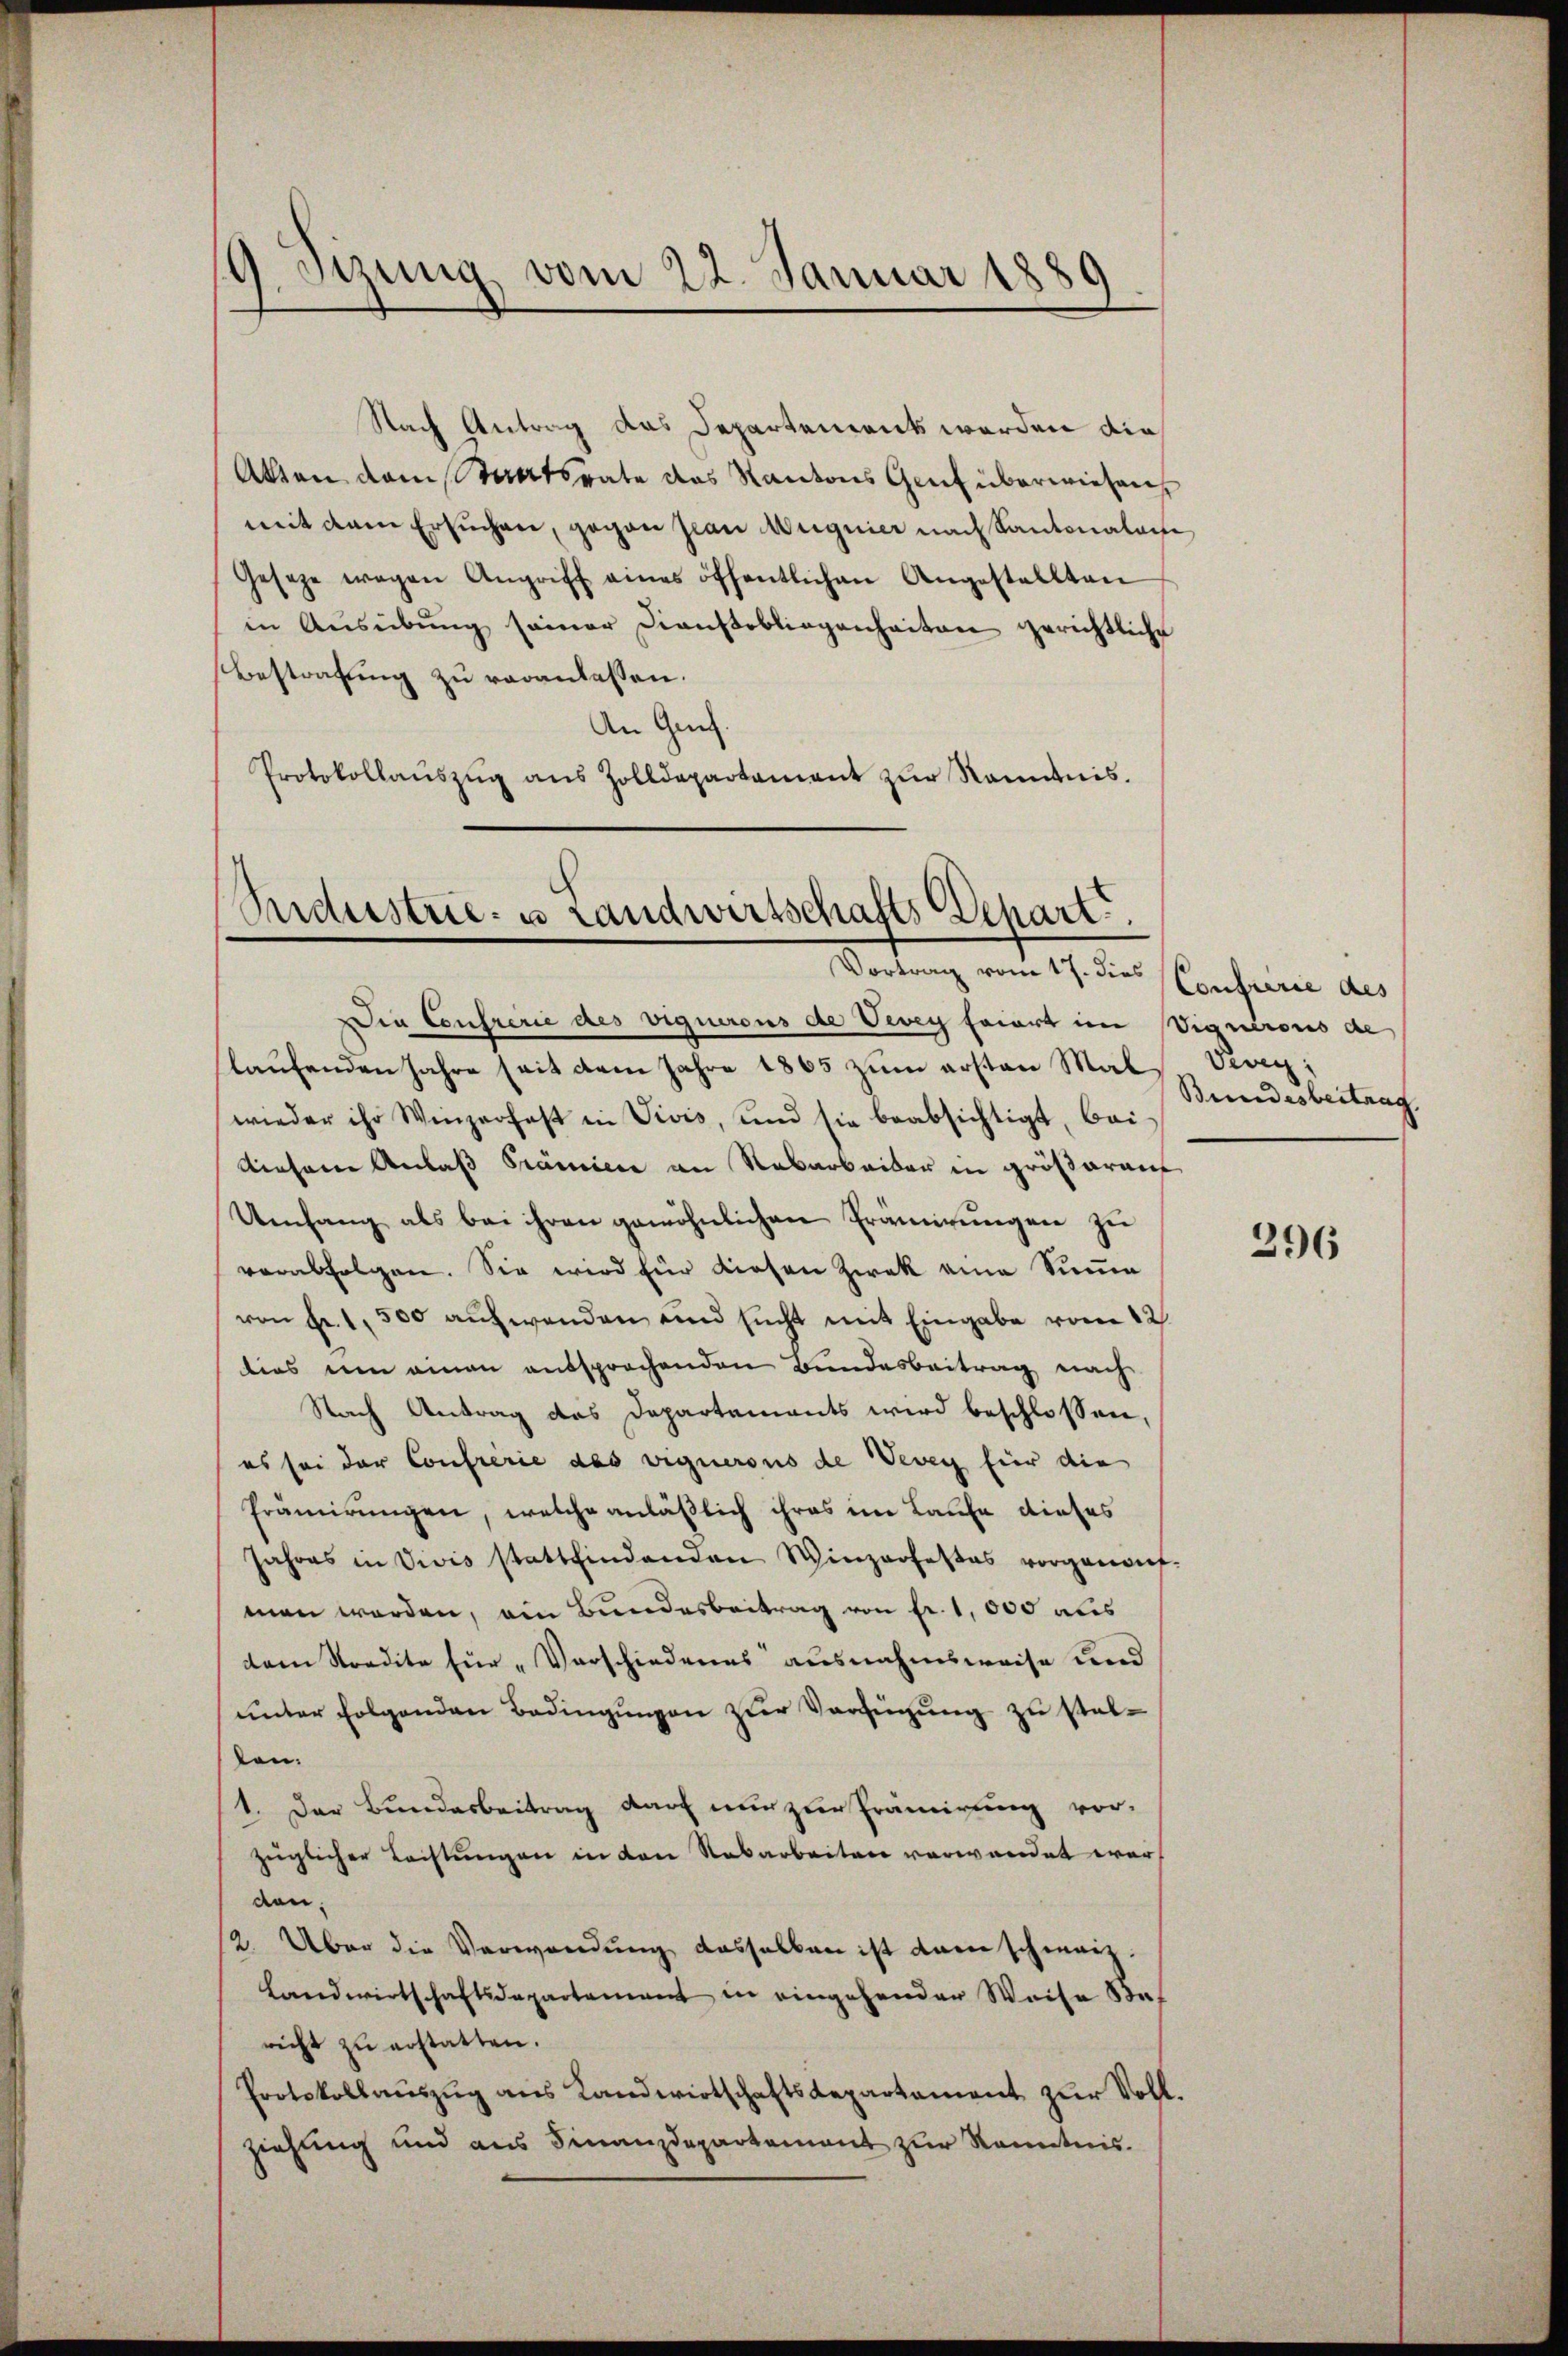
9. Sizung vom 22. Januar 1889

Nach Antrag das Departement werden die
Atten dem Staatsrate das Kantons Genf überwiesen
mit dem Ersuchen, gegen sian Magnier nach Kantonalante
Gesetze wegen Angriff eines öffentlichen Angestellten
in Aŭsübŭng seiner Diaŭβebliegenheiten gerichtliche
Bestrafung zu veranlassen.
An Gref.
Protokollaŭszŭg aŭs Zolldepartament zŭr Rominis.

Sndustrie- & Landwirtschafts Schart
Vortrag vom 17. dies

Die Conferie des vignerons de Vevey feiert im Viguirons de
laufenden Jahre seit dem Jahre 1865 zum ersten Mal Vevey;
wieder ihr Winzerfast in Vivis, und sie beabsichtigt, bei-
diesem Anlaß Prämien an Rabarbeiter in größarauf
Umfang als bei ihren gewöhnlichen Prämirungen zu
verabfolgen. Sie wird für diesen Zwek eine Sinn
von Fr. 1 500 aŭfwenden und sucht mit Eingabe vom 12.
ties um einen entsprochenden Bundesbeitrag nach
Nach Antrag des Departements wird beschlossen,
es sei der Confrérie des vignerons de Vevey für die
Prämirungen, welche anläßlich ihres im Laufe dieses
Jahres in Vivis stattfindenden Winprofestes vorgenauf-
men werden, ein Bundesbeitrag von fr. 1,000 aus
dem Stordite für „Verschiedenes ausnahmsweise und
unter folgenden Bedingungen zur Verfügung zu stelten.
1. Der Bundesbeitrag darf nur zur Prämirung vor-
züglicher Leistungen in den Rabarbeiten verwandet worden.
2. Über die Verwendung dasselben ist dann schwarz.
Landwirtschaftsdepartement in eingehender Weise Bef
richt zŭ erstatten.
Protokollaŭszŭg ans Landwirtschaftsdepartament zur Voll.
ziehung und aus Finanzdepartement zur Kenntnis.

Confrérie des
Beundesbeitrag

296